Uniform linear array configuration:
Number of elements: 4
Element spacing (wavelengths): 0.25
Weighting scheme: uniform
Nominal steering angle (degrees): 45
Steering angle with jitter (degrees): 43.508
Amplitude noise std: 0.05
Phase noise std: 0.05

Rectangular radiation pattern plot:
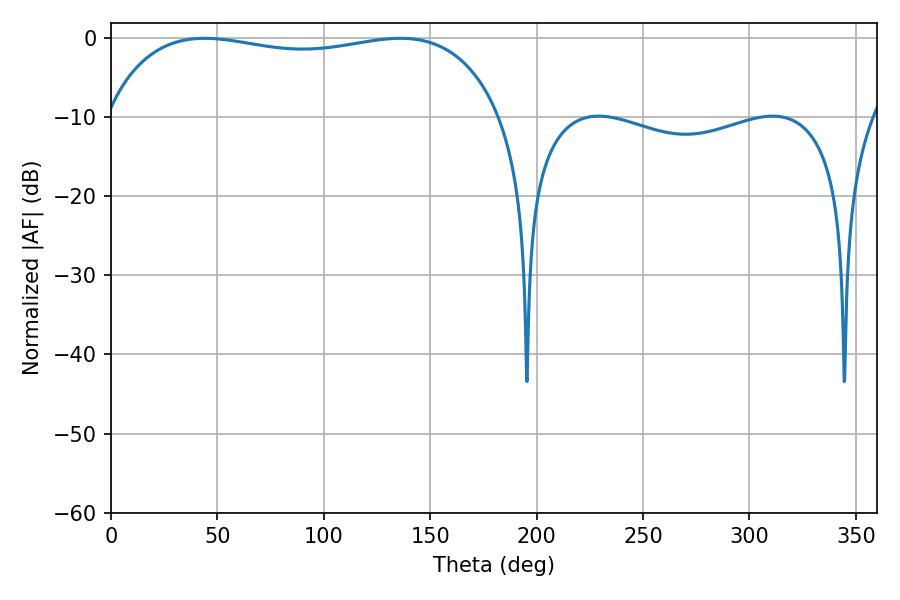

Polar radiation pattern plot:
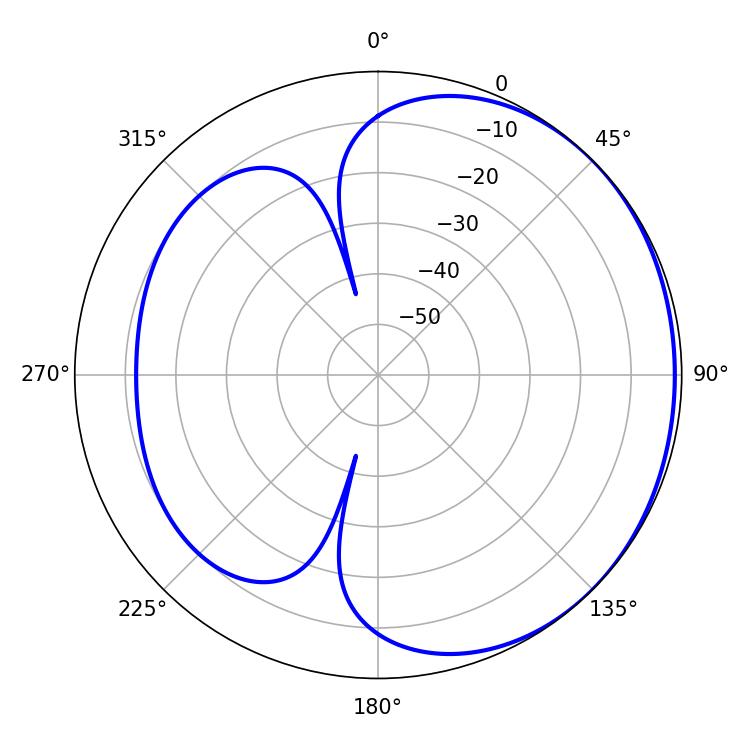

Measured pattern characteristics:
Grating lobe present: FALSE
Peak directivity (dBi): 1.181
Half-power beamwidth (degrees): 150.84
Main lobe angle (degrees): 43.92